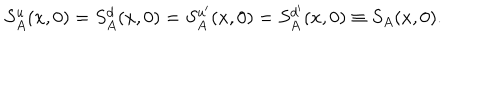
LaTeX: S _ { A } ^ { u } ( x , 0 ) = S _ { A } ^ { d } ( x , 0 ) = S _ { A } ^ { u ^ { \prime } } ( x , 0 ) = S _ { A } ^ { d ^ { \prime } } ( x , 0 ) \equiv S _ { A } ( x , 0 ) .